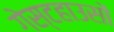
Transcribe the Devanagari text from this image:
गेस्टहाउसों